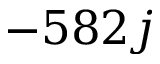
- 5 8 2 j